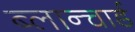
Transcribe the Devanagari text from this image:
ब्लान्चार्ड